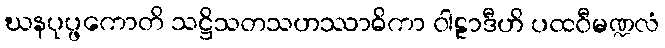
ဃနပုပ္ဖကောတိ သဋ္ဌိသတသဟဿာဓိကာ ဝါဠာဒီဟိ ပထဝီမဏ္ဍလံ